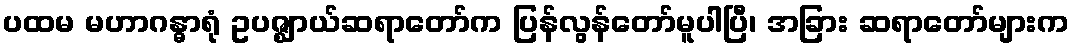
ပထမ မဟာဂန္ဓာရုံ ဥပဇ္ဈာယ်ဆရာတော်က ပြန်လွန်တော်မူပါပြီ၊ အခြား ဆရာတော်များက